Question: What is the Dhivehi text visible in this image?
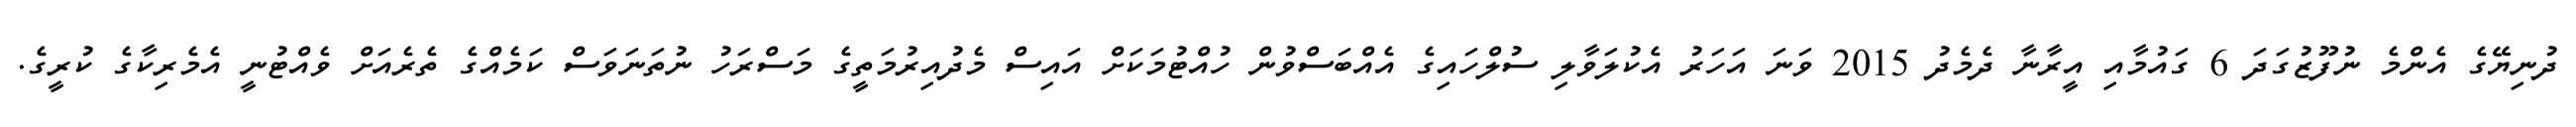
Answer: ދުނިޔޭގެ އެންމެ ނުފޫޒުގަދަ 6 ގައުމާއި އީރާނާ ދެމެދު 2015 ވަނަ އަހަރު އެކުލަވާލި ސުލްހައިގެ އެއްބަސްވުން ހުއްޓުމަކަށް އައިސް މެދުއިރުމަތީގެ މަސްރަހު ނުތަނަވަސް ކަމެއްގެ ތެރެއަށް ވެއްޓުނީ އެމެރިކާގެ ކުރީގެ.